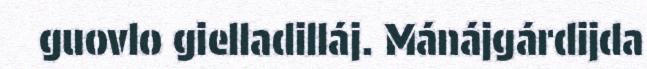
guovlo gielladilláj. Mánájgárdijda